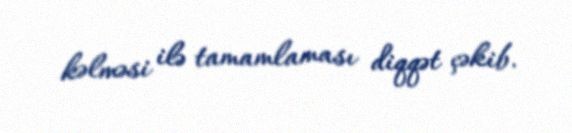
kəlməsi ilə tamamlaması diqqət çəkib.